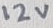
Text: 12V